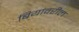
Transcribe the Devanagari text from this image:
बियांवरील